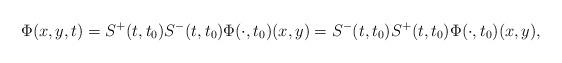
LaTeX: \begin{align*}\Phi(x,y,t) = S^+(t,t_0)S^-(t,t_0)\Phi(\cdot,t_0)(x,y) = S^-(t,t_0)S^+(t,t_0)\Phi(\cdot,t_0)(x,y),\end{align*}